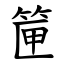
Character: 筪